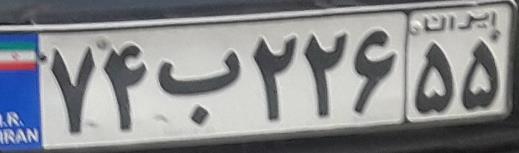
۷۴ب۲۲۶۵۵